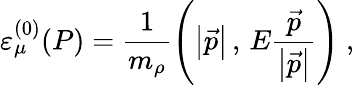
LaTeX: \varepsilon_{\mu}^{(0)}(P)=\frac{1}{m_{\rho}}\left(\left\vert\vec{p}\right\vert\, ,\, E\frac{\vec{p}}{\left\vert\vec{p}\right\vert}\right)\ ,